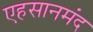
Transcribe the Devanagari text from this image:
एहसानमंद